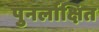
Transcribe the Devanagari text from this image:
पुनर्लाक्षित